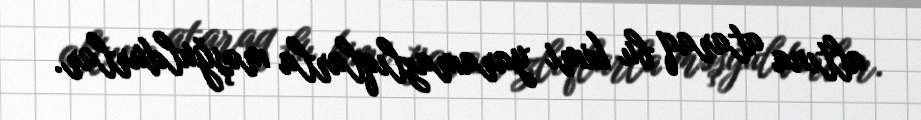
altına ataraq bu kimi yaramazlıqlarla məşğuldurlar.